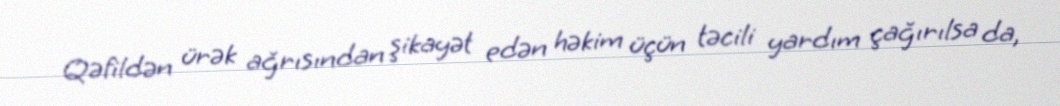
Qəfildən ürək ağrısından şikayət edən həkim üçün təcili yardım çağırılsa da,